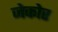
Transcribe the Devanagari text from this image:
जेकोर